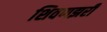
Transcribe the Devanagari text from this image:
शिवणझरी